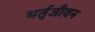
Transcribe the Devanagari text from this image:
भर्तृजीवन